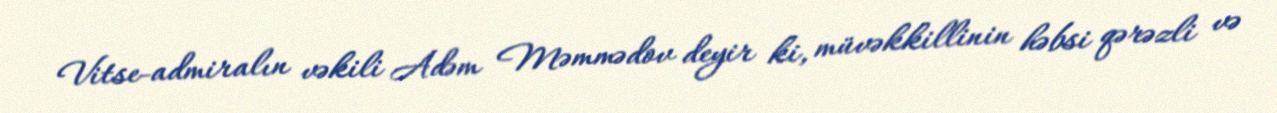
Vitse-admiralın vəkili Adəm Məmmədov deyir ki, müvəkkillinin həbsi qərəzli və